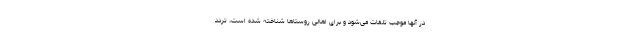
در آنها موجب تلفات می‌شود و برای اهالی روستاها شناخته شده است، تردد